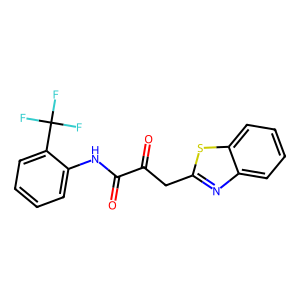
SMILES: O=C(Cc1nc2ccccc2s1)C(=O)Nc1ccccc1C(F)(F)F
Inhibits HIV replication: No